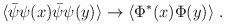
LaTeX: \begin{align*}\langle \bar{\psi}\psi(x) \bar{\psi}\psi(y) \rangle \to \langle \Phi^*(x)\Phi(y) \rangle \ .\end{align*}